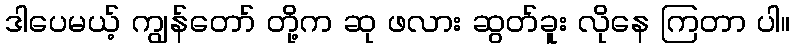
ဒါပေမယ့် ကျွန်တော် တို့က ဆု ဖလား ဆွတ်ခူး လိုနေ ကြတာ ပါ။